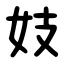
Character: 妓